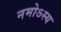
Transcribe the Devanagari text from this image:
नमोऽस्य